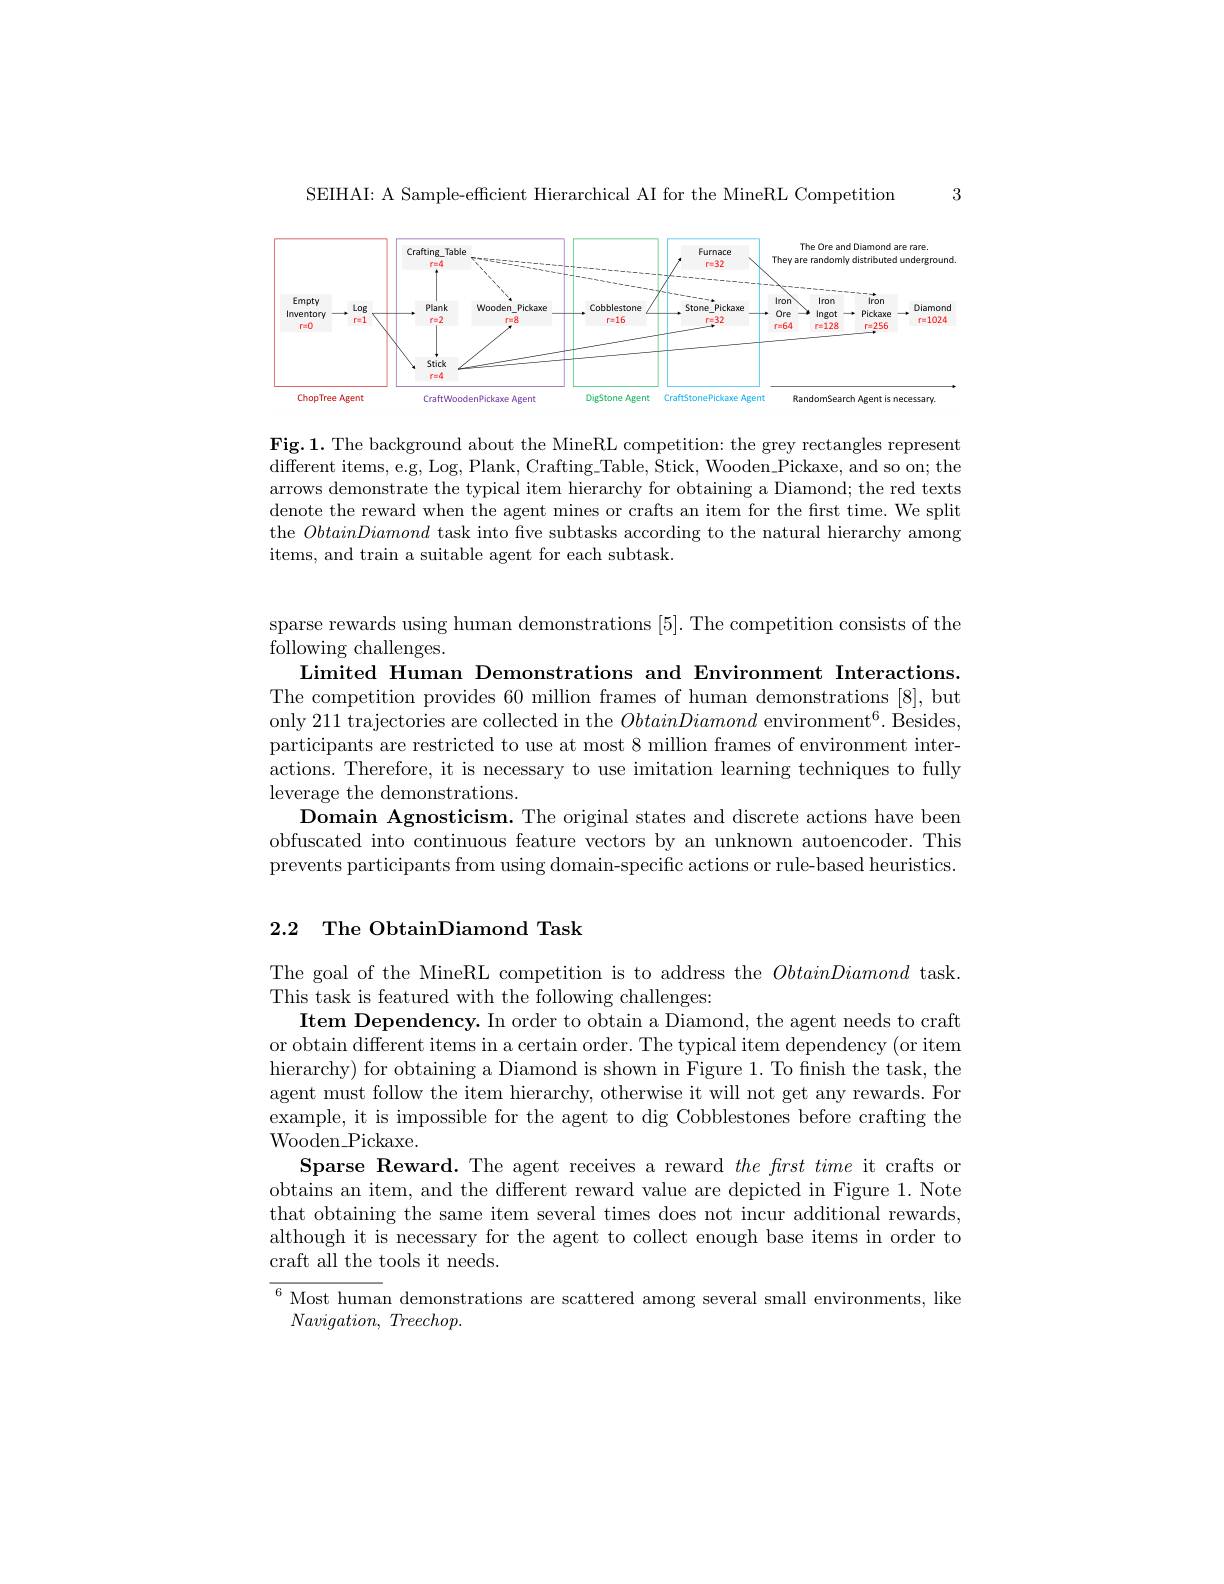
3

SEIHAI: A Sample-efficient Hierarchical AI for the MineRL Competition

<FigureHere>

Fig.1. The background about the MineRL competition: the grey rectangles represent different items, e. g, Log, Plank, Crafting$\_$Table, Stick, Wooden$\_$Pickaxe, and so on; the arrows demonstrate the typical item hierarchy for obtaining a Diamond; the red texts denote the reward when the agent mines or crafts an item for the first time. We split the ObtainDiamond task into five subtasks according to the natural hierarchy among items, and train a suitable agent for each subtask.

sparse rewards using human demonstrations [5]. The competition consists of the
following challenges.
Limited Human Demonstrations and Environment Interactions. The competition provides 60 million frames of human demonstrations [8], but only 211 trajectories are collected in the $ObtainDiamond\text{ environment}^6.$ Besides, participants are restricted to use at most 8 million frames of environment interactions. Therefore, it is necessary to use imitation learning techniques to fully leverage the demonstrations.
Domain Agnosticism. The original states and discrete actions have beem obfuscated into continuous feature vectors by an unknown autoencoder. This prevents participants from using domain-speciffc actions or rule-based heuristics

## 2.2 The ObtainDiamond Task

The goal of the MineRL competition is to address the ObtainDiamond task.
This task is featured with the following challenges:
Item Dependency. In order to obtain a Diamond, the agent needs to craft or obtain different items in a certain order. The typical item dependency (or item hierarchy) for obtaining a Diamond is shown in Figure 1. To finish the task, the agent must follow the item hierarchy, otherwise it will not get any rewards. For example, it is impossible for the agent to dig Cobblestones before crafting the Wooden$\_$Pickaxe.
Sparse Reward. The agent receives a reward $the\textit{frst time it crafts or}$ obtains an item, and the different reward value are depicted in Figure 1. Note that obtaining the same item several times does not incur additional rewards, although it is necessary for the agent to collect enough base items in order to craft all the tools it needs.

$^{6}$ Most human demonstrations are scattered among several small environments, like
$Navigation$, $Treechop.$